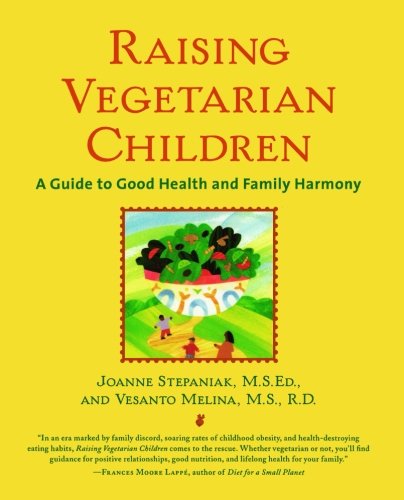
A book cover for Raising Vegetarian Children : A Guide to Good Health and Family Harmony; Joanne Stepaniak; Parenting & Relationships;